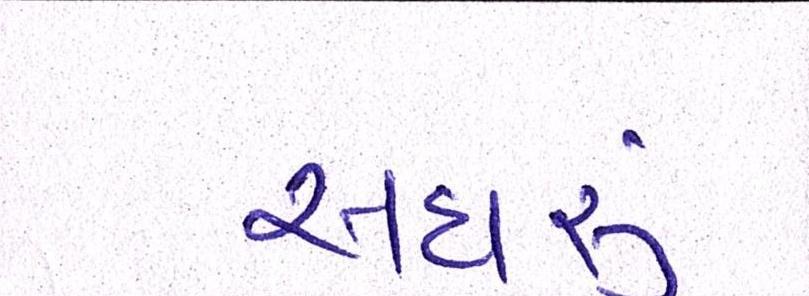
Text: અઘરું